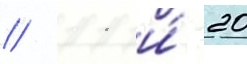
// 11 и́ 20